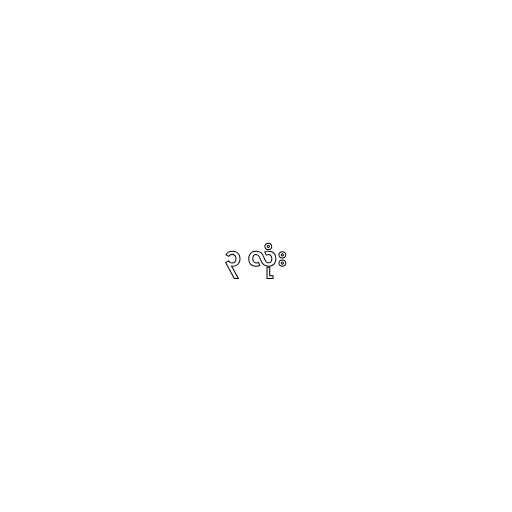
၃ လုံး